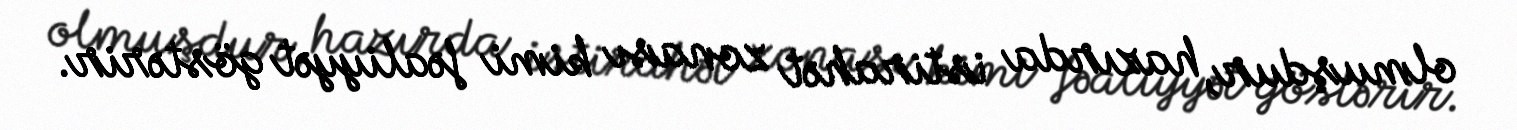
olmuşdur, hazırda istirahət zonası kimi fəaliyyət göstərir.